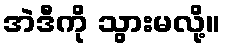
အဲဒီကို သွားမလို့။